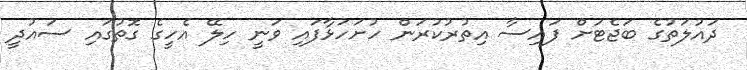
ދައުލަތުގެ ބަޖެޓަށް ފައިސާ އިތުރުކުރަން ހުށަހަޅާފައި ވަނީ ހިލޭ އެހީގެ ގޮތުގައި ސައުދީ